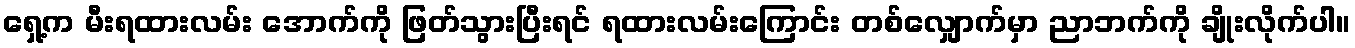
ရှေ့က မီးရထားလမ်း အောက်ကို ဖြတ်သွားပြီးရင် ရထားလမ်းကြောင်း တစ်လျှောက်မှာ ညာဘက်ကို ချိုးလိုက်ပါ။